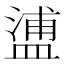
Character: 𥂈